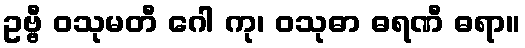
ဥဗ္ဗီ ဝသုမတီ ဂေါ ကု၊ ဝသုဓာ ဓရဏီ ဓရာ။